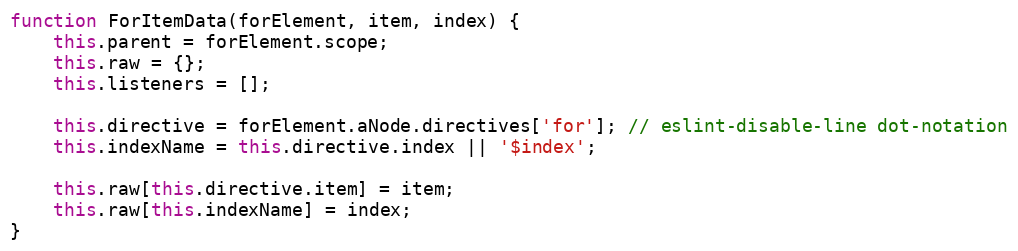
Language: JavaScript
function ForItemData(forElement, item, index) {
    this.parent = forElement.scope;
    this.raw = {};
    this.listeners = [];

    this.directive = forElement.aNode.directives['for']; // eslint-disable-line dot-notation
    this.indexName = this.directive.index || '$index';

    this.raw[this.directive.item] = item;
    this.raw[this.indexName] = index;
}